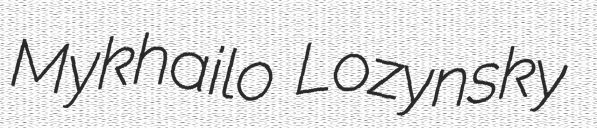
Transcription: Mykhailo Lozynsky